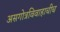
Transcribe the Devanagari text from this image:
असगोत्रविवाहाचीच